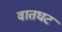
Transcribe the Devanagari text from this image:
वातघट